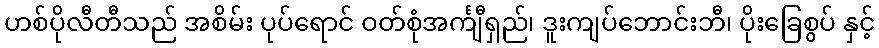
ဟစ်ပိုလီတီသည် အစိမ်း ပုပ်ရောင် ဝတ်စုံအင်္ကျီရှည်၊ ဒူးကျပ်ဘောင်းဘီ၊ ပိုးခြေစွပ် နှင့်